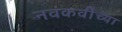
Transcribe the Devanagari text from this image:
नवकवींच्या